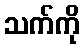
သက်ကို